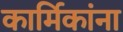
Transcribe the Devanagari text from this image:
कार्मिकांना